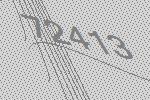
72413